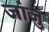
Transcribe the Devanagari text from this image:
जांजु